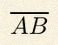
\overline{AB}